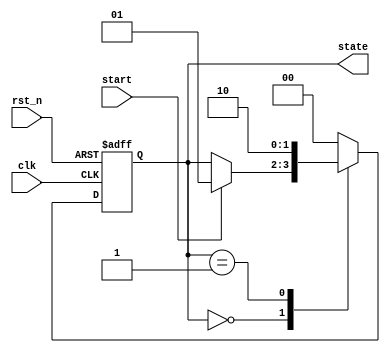
module fsm_example (
    input wire clk,         // Clock signal
    input wire rst_n,      // Active-low reset
    input wire start,      // Start signal
    output reg [1:0] state // 2-bit state output
);

// State encoding
localparam IDLE   = 2'b00;
localparam RUN    = 2'b01;
localparam DONE   = 2'b10;

// Initial state
initial begin
    state = IDLE;
end

// State transition and output logic
always @(posedge clk or negedge rst_n) begin
    if (!rst_n) begin
        // Reset state
        state <= IDLE;
    end else begin
        case (state)
            IDLE: begin
                if (start) begin
                    state <= RUN; // Transition to RUN state
                end
            end
            RUN: begin
                // Perform some operation in RUN state
                // Transition to DONE state after some condition
                // For example, assume we transition after one clock cycle
                state <= DONE; // Transition to DONE state
            end
            DONE: begin
                // Return to IDLE state
                state <= IDLE; // Transition back to IDLE state
            end
            default: state <= IDLE; // Default case
        endcase
    end
end

endmodule